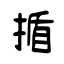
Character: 揗